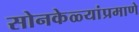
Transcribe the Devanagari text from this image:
सोनकेळ्यांप्रमाणे